Scientific memoirs by medical officers of the Army of India - Part III,
Year: 1887
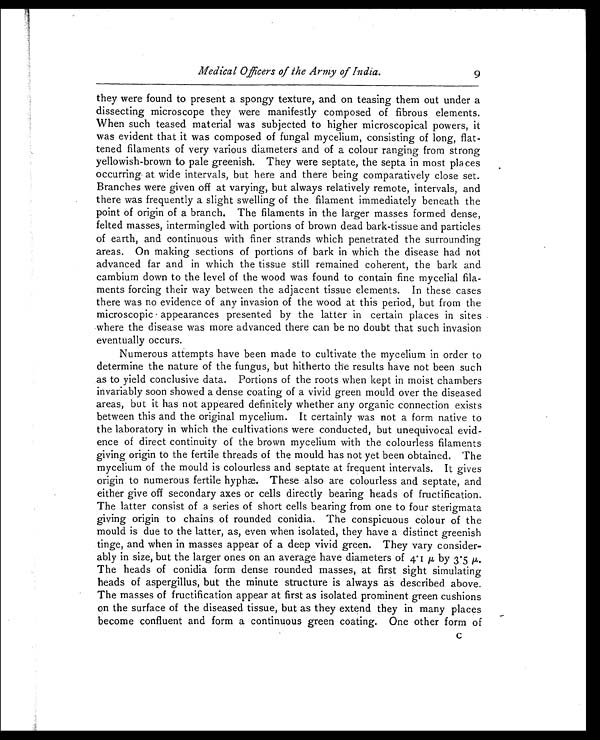
Medical Officers of the Army of India.
9
they were found to present a spongy texture, and on teasing them out under a
dissecting microscope they were manifestly composed of fibrous elements.
When such teased material was subjected to higher microscopical powers, it
was evident that it was composed of fungal mycelium, consisting of long, flat-
tened filaments of very various diameters and of a colour ranging from strong
yellowish-brown to pale greenish. They were septate, the septa in most places
occurring at wide intervals, but here and there being comparatively close set.
Branches were given off at varying, but always relatively remote, intervals, and
there was frequently a slight swelling of the filament immediately beneath the
point of origin of a branch. The filaments in the larger masses formed dense,
felted masses, intermingled with portions of brown dead bark-tissue and particles
of earth, and continuous with finer strands which penetrated the surrounding
areas. On making sections of portions of bark in which the disease had not
advanced far and in which the tissue still remained coherent, the bark and
cambium down to the level of the wood was found to contain fine mycelial fila-
ments forcing their way between the adjacent tissue elements. In these cases
there was no evidence of any invasion of the wood at this period, but from the
microscopic appearances presented by the latter in certain places in sites
where the disease was more advanced there can be no doubt that such invasion
eventually occurs.
Numerous attempts have been made to cultivate the mycelium in order to
determine the nature of the fungus, but hitherto the results have not been such
as to yield conclusive data. Portions of the roots when kept in moist chambers
invariably soon showed a dense coating of a vivid green mould over the diseased
areas, but it has not appeared definitely whether any organic connection exists
between this and the original mycelium. It certainly was not a form native to
the laboratory in which the cultivations were conducted, but unequivocal evid-
ence of direct continuity of the brown mycelium with the colourless filaments
giving origin to the fertile threads of the mould has not yet been obtained. The
mycelium of the mould is colourless and septate at frequent intervals. It gives
origin to numerous fertile hyphæ. These also are colourless and septate, and
either give off secondary axes or cells directly bearing heads of fructification.
The latter consist of a series of short cells bearing from one to four sterigmata
giving origin to chains of rounded conidia. The conspicuous colour of the
mould is due to the latter, as, even when isolated, they have a distinct greenish
tinge, and when in masses appear of a deep vivid green. They vary consider-
ably in size, but the larger ones on an average have diameters of 4.1 μ , by 3.5 μ .
The heads of conidia form dense rounded masses, at first sight simulating
heads of aspergillus, but the minute structure is always as described above.
The masses of fructification appear at first as isolated prominent green cushions
on the surface of the diseased tissue, but as they extend they in many places
become confluent and form a continuous green coating. One other form of
C